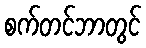
စက်တင်ဘာတွင်